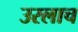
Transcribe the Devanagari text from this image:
उरलाच